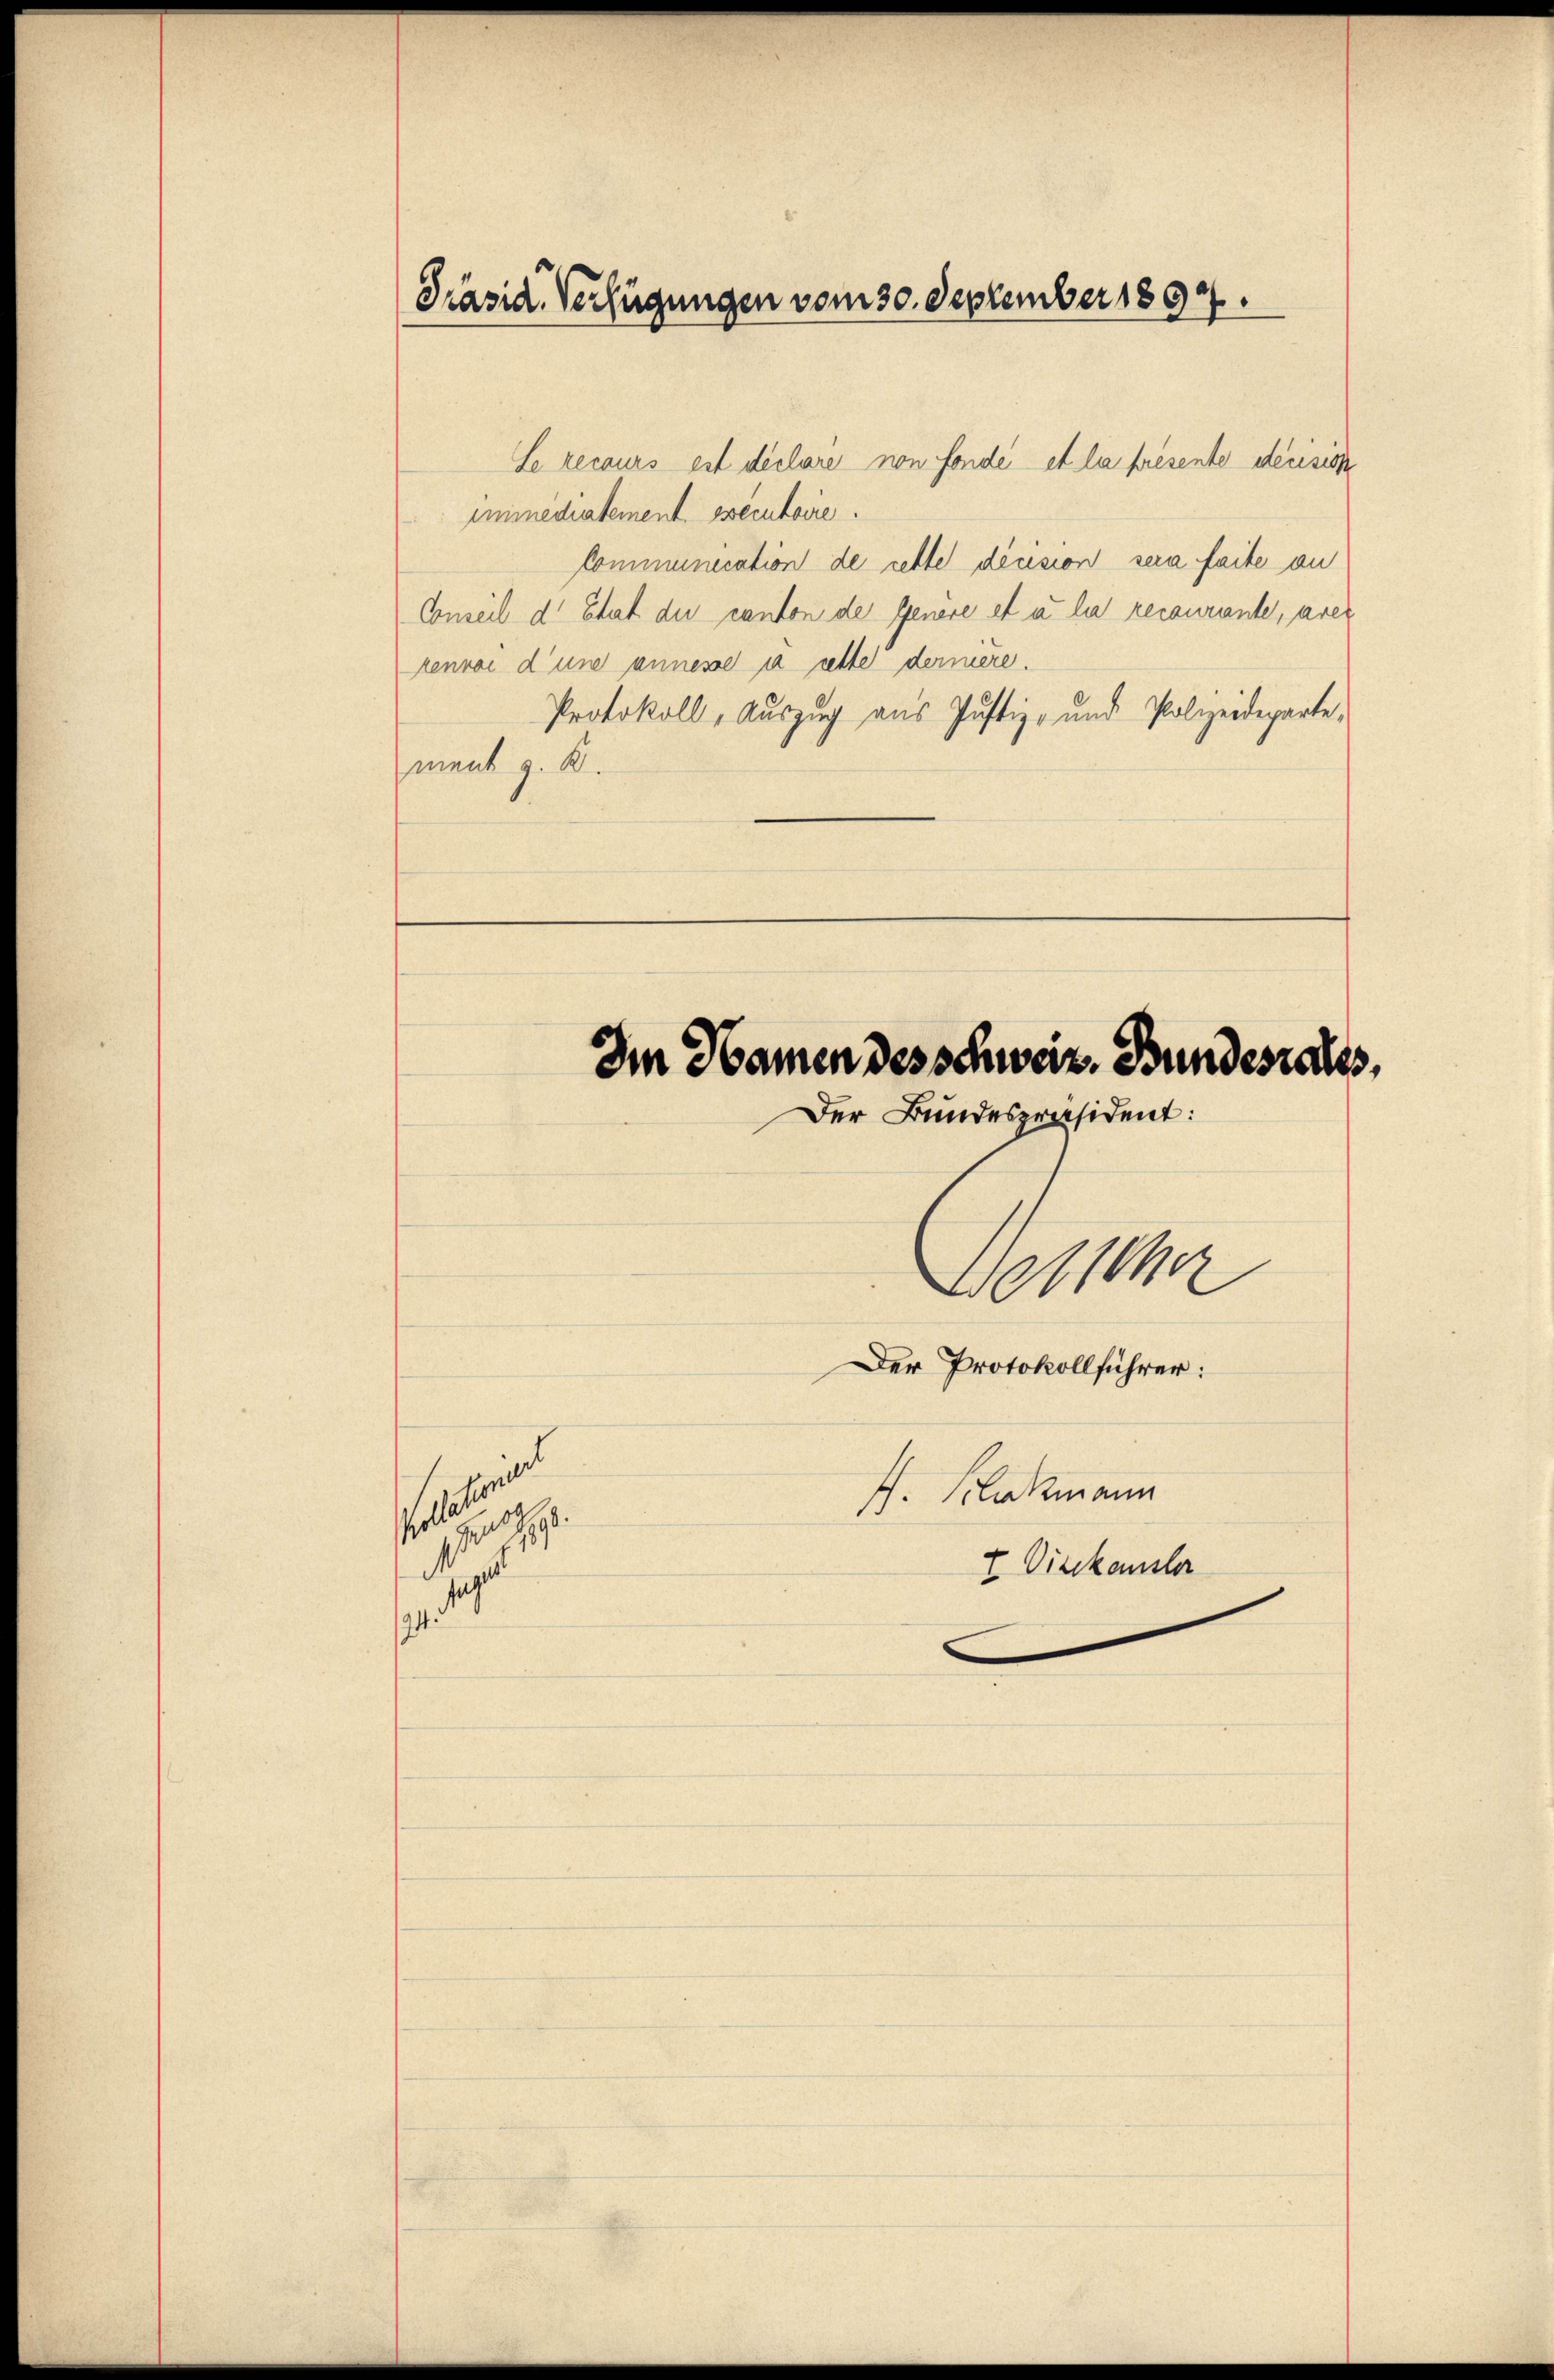
Präsid. Verfügungen vom 30. September 1892.

Se recours est déclaré non fonde et la priesente deusis
mimediatement essecutoire.
Communication de cette dicision sera faite an
Conseil d. Etat du canton de Genère et u. la recourante, aner
renvoi d’une annesse à cette dermere.
Protokoll, Auszug aus Justiz- und Polizeideparte,
ment z. B.

94

mach
e
1 rth.
9

Im Namen des schweiz. Bundesrates,

Der Bundespräsident:
Wolther
Der Protokollführer:
f. Klukmann
I Direkamster